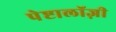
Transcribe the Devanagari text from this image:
पेष्टालॉज़ी